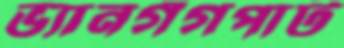
ভ্যানগঁগপাট